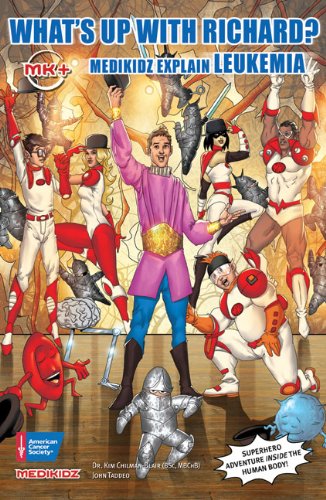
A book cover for What's Up with Richard?: Medikidz Explain Leukemia (Medikidz Explain [Cancer XYZ]); Kim Chilman-Blair BSc  MB ChB; Teen & Young Adult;